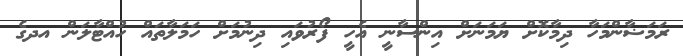
ރަމަޟާންމަހާ ދިމާކޮށް ޔަމަނަށް އިންސާނީ އެހީ ފޯރުވައި ދިނުމަށް ހަމަލާތައް ހުއްޓާލަން އދގެ